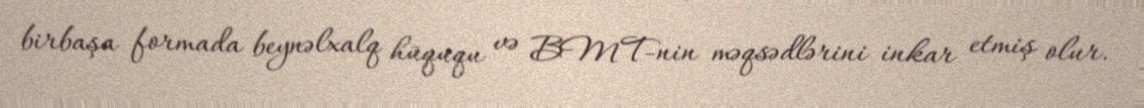
birbaşa formada beynəlxalq hüququ və BMT-nin məqsədlərini inkar etmiş olur.